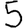
Digit: 5